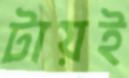
টায়ই